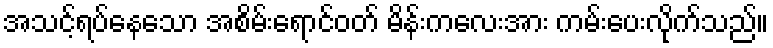
အသင့်ရပ်နေသော အစိမ်းရောင်ဝတ် မိန်းကလေးအား ကမ်းပေးလိုက်သည်။